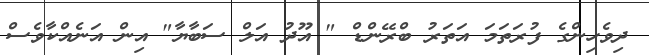
ދިވެހިންގެ ފުރަތަމަ އަތަރު ބްރޭންޑް " އޫދު އަލް ސަބާޔާ" އިން އަނެއްކާވެސް